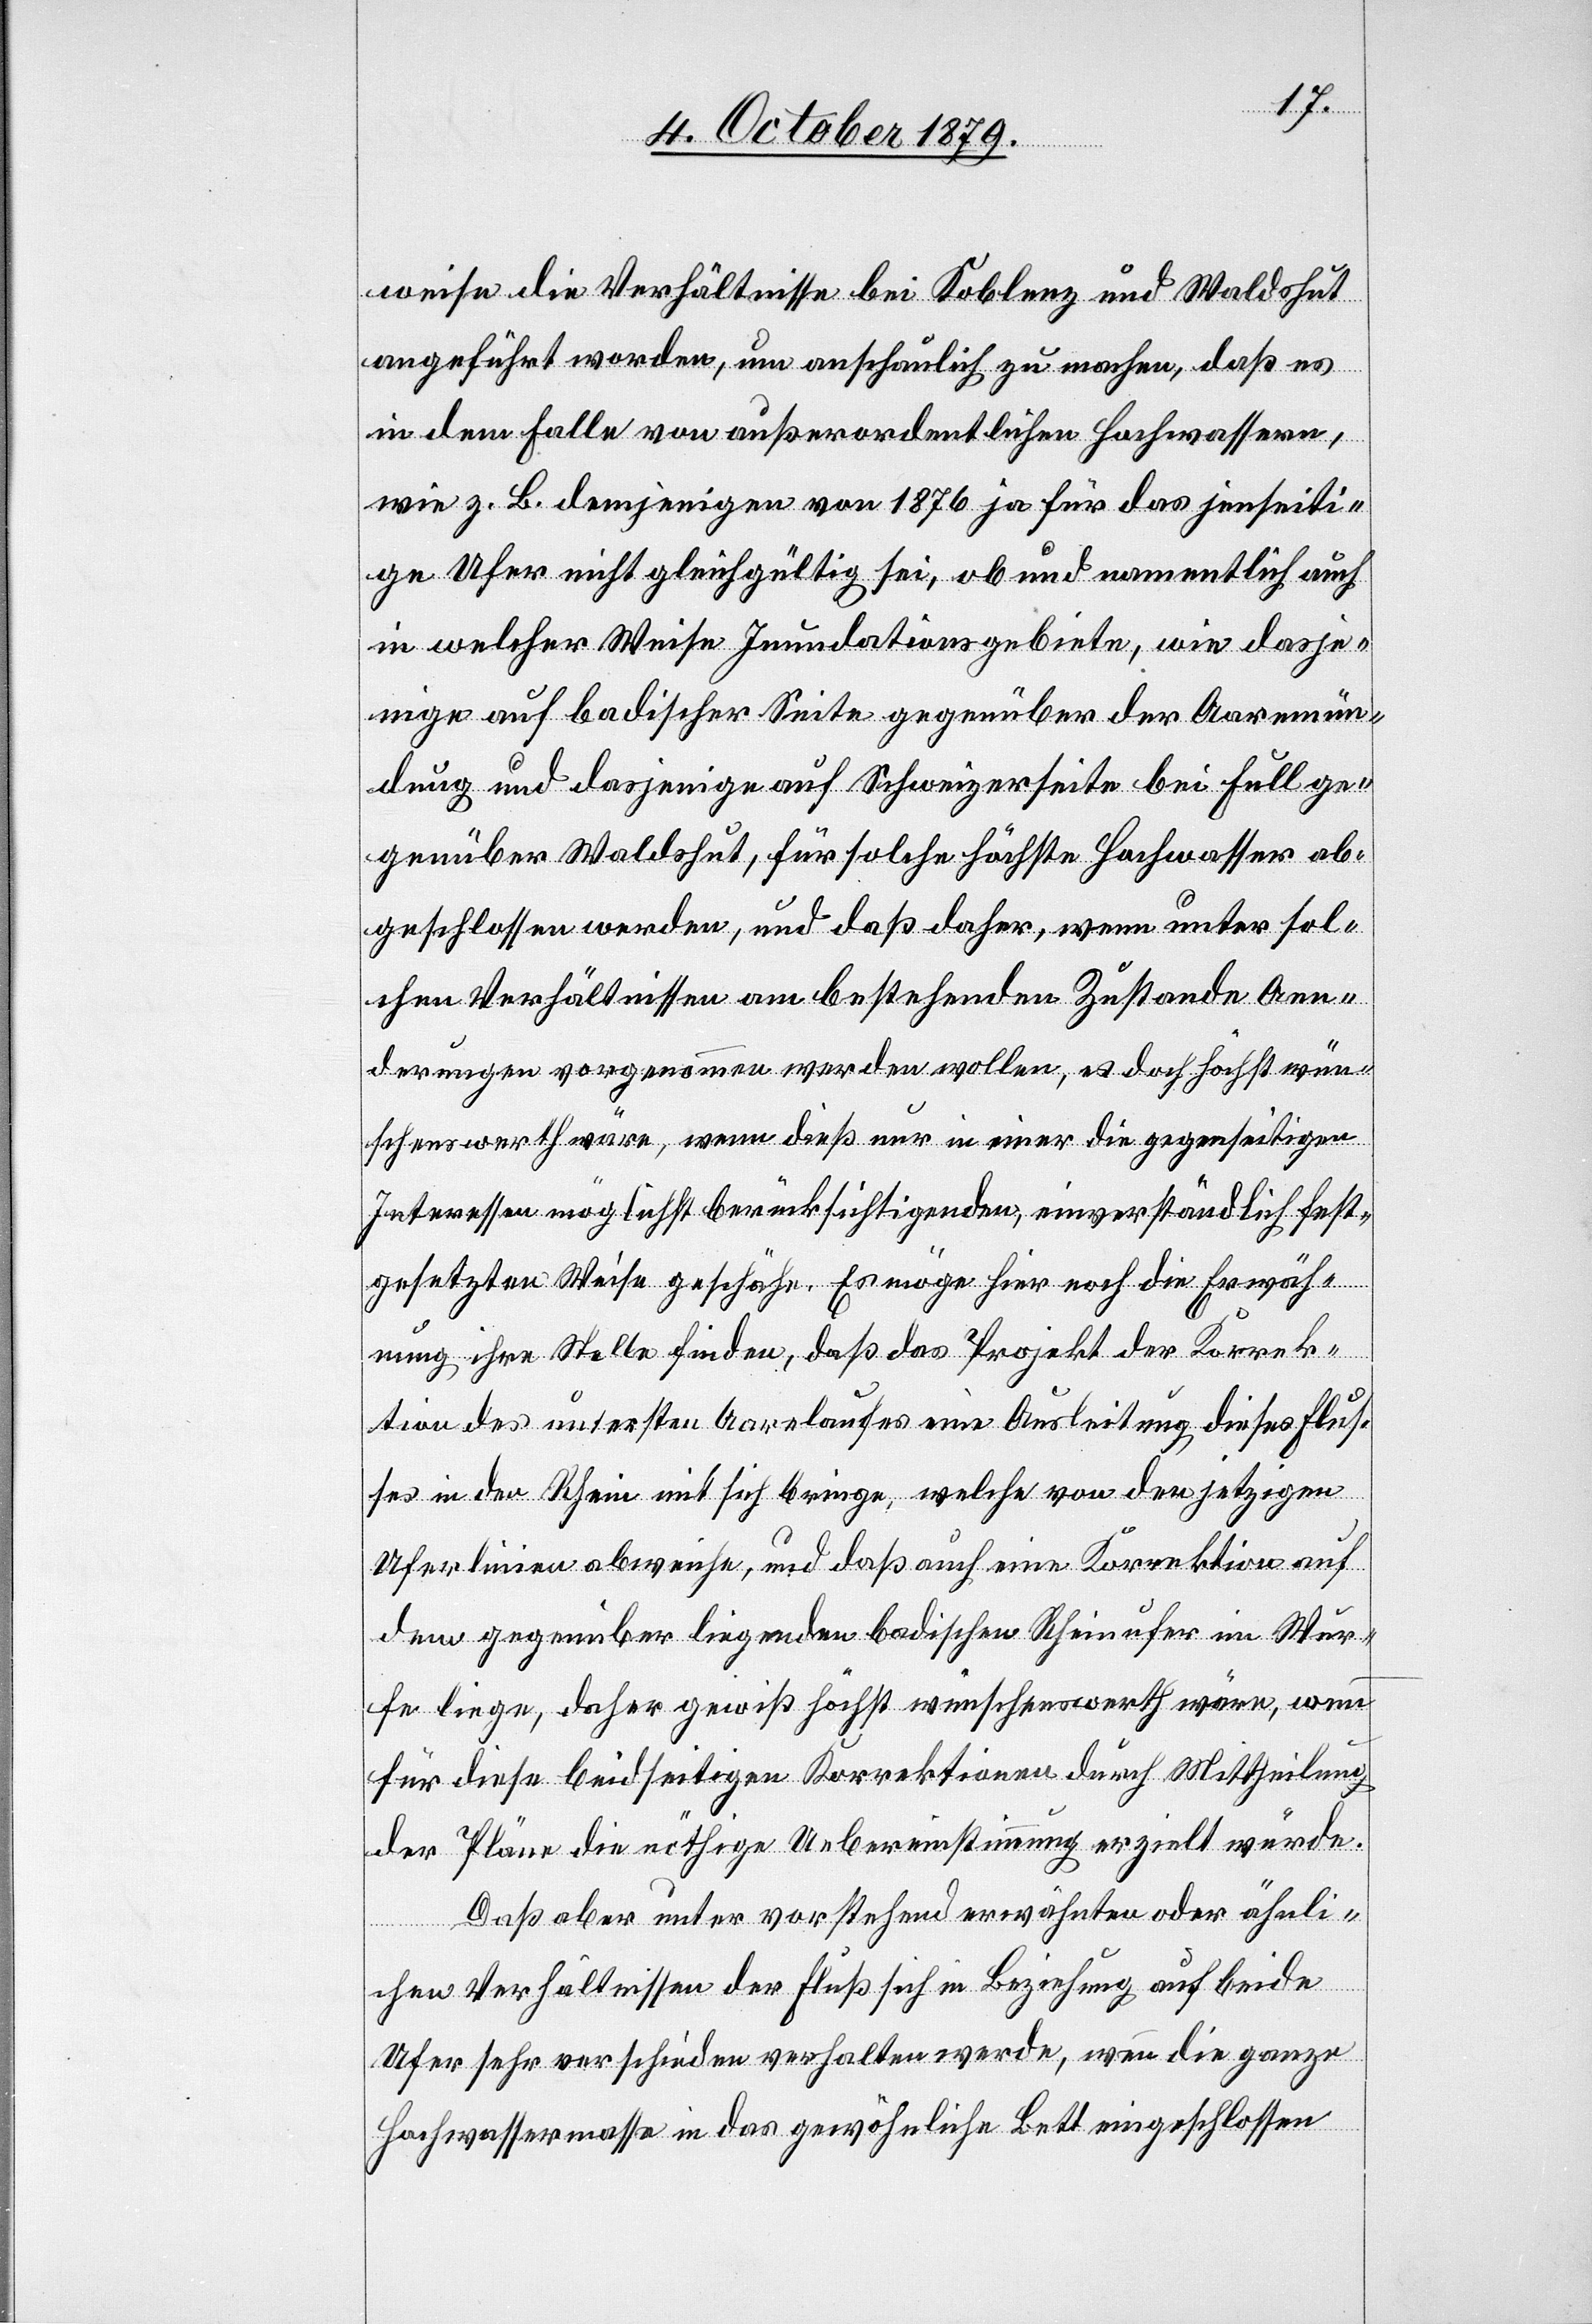
weise die Verhältnisse bei Koblenz und Waldshut
angeführt worden, um anschaulich zu machen, daß es
in dem Falle von ausserordentlichen Hochwassern,
wie z. B. demjenigen von 1876 ja für das jenseiti¬
ge Ufer nicht gleichgültig sei, ob und namentlich auch
in welcher Weise Inundationsgebiete, wie dasje¬
nige auf badischer Seite gegenüber der Aaremün¬
dung und dasjenige auf Schweizerseite bei Full ge¬
genüber Waldshut, für solche höchste Hochwasser ab¬
geschlossen werden, und daß daher, wenn unter sol¬
chen Verhältnissen am bestehenden Zustande Aen¬
derungen vorgenommen werden wollen, es doch höchst wün¬
schenswerth wäre, wenn dieß nur in einer die gegenseitigen
Interessen möglichst berücksichtigenden, einverständlich fest¬
gesetzten Weise geschähe. Es möge hier noch die Erwäh¬
nung ihre Stelle finden, daß das Projekt der Korrek¬
tion des untersten Aarelaufes eine Ausleitung dieses Flus¬
ses in den Rhein mit sich bringe, welche von den jetzigen
Uferlinien abweiche, und daß auch eine Korrektion auf
dem gegenüberliegenden badischen Rheinufer im Wur¬
fe liege, daher gewiß höchst wünschenswerth wäre, wenn
für diese beidseitigen Korrektionen durch Mittheilung
der Pläne die nöthige Uebereinstimmung erzielt würde.
Daß aber unter vorstehend erwähnten oder ähnli¬
chen Verhältnissen der Fluß sich in Beziehung auf beide
Ufer sehr verschieden verhalten werde wenn die ganze
Hochwassermasse in das gewöhnliche Bett eingeschlossen